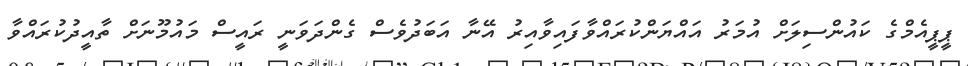
ޕީޕީއެމްގެ ކައުންސިލަށް އުމަރު އައްޔަންކުރައްވާފައިވާއިރު އޭނާ އަބަދުވެސް ގެންދަވަނީ ރައީސް މައުމޫނަށް ތާއީދުކުރައްވާ